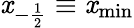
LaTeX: \mathit{x}_{-\frac{{1}}{{2}}}\equiv\mathit{x}_{\mathrm{{min}}}